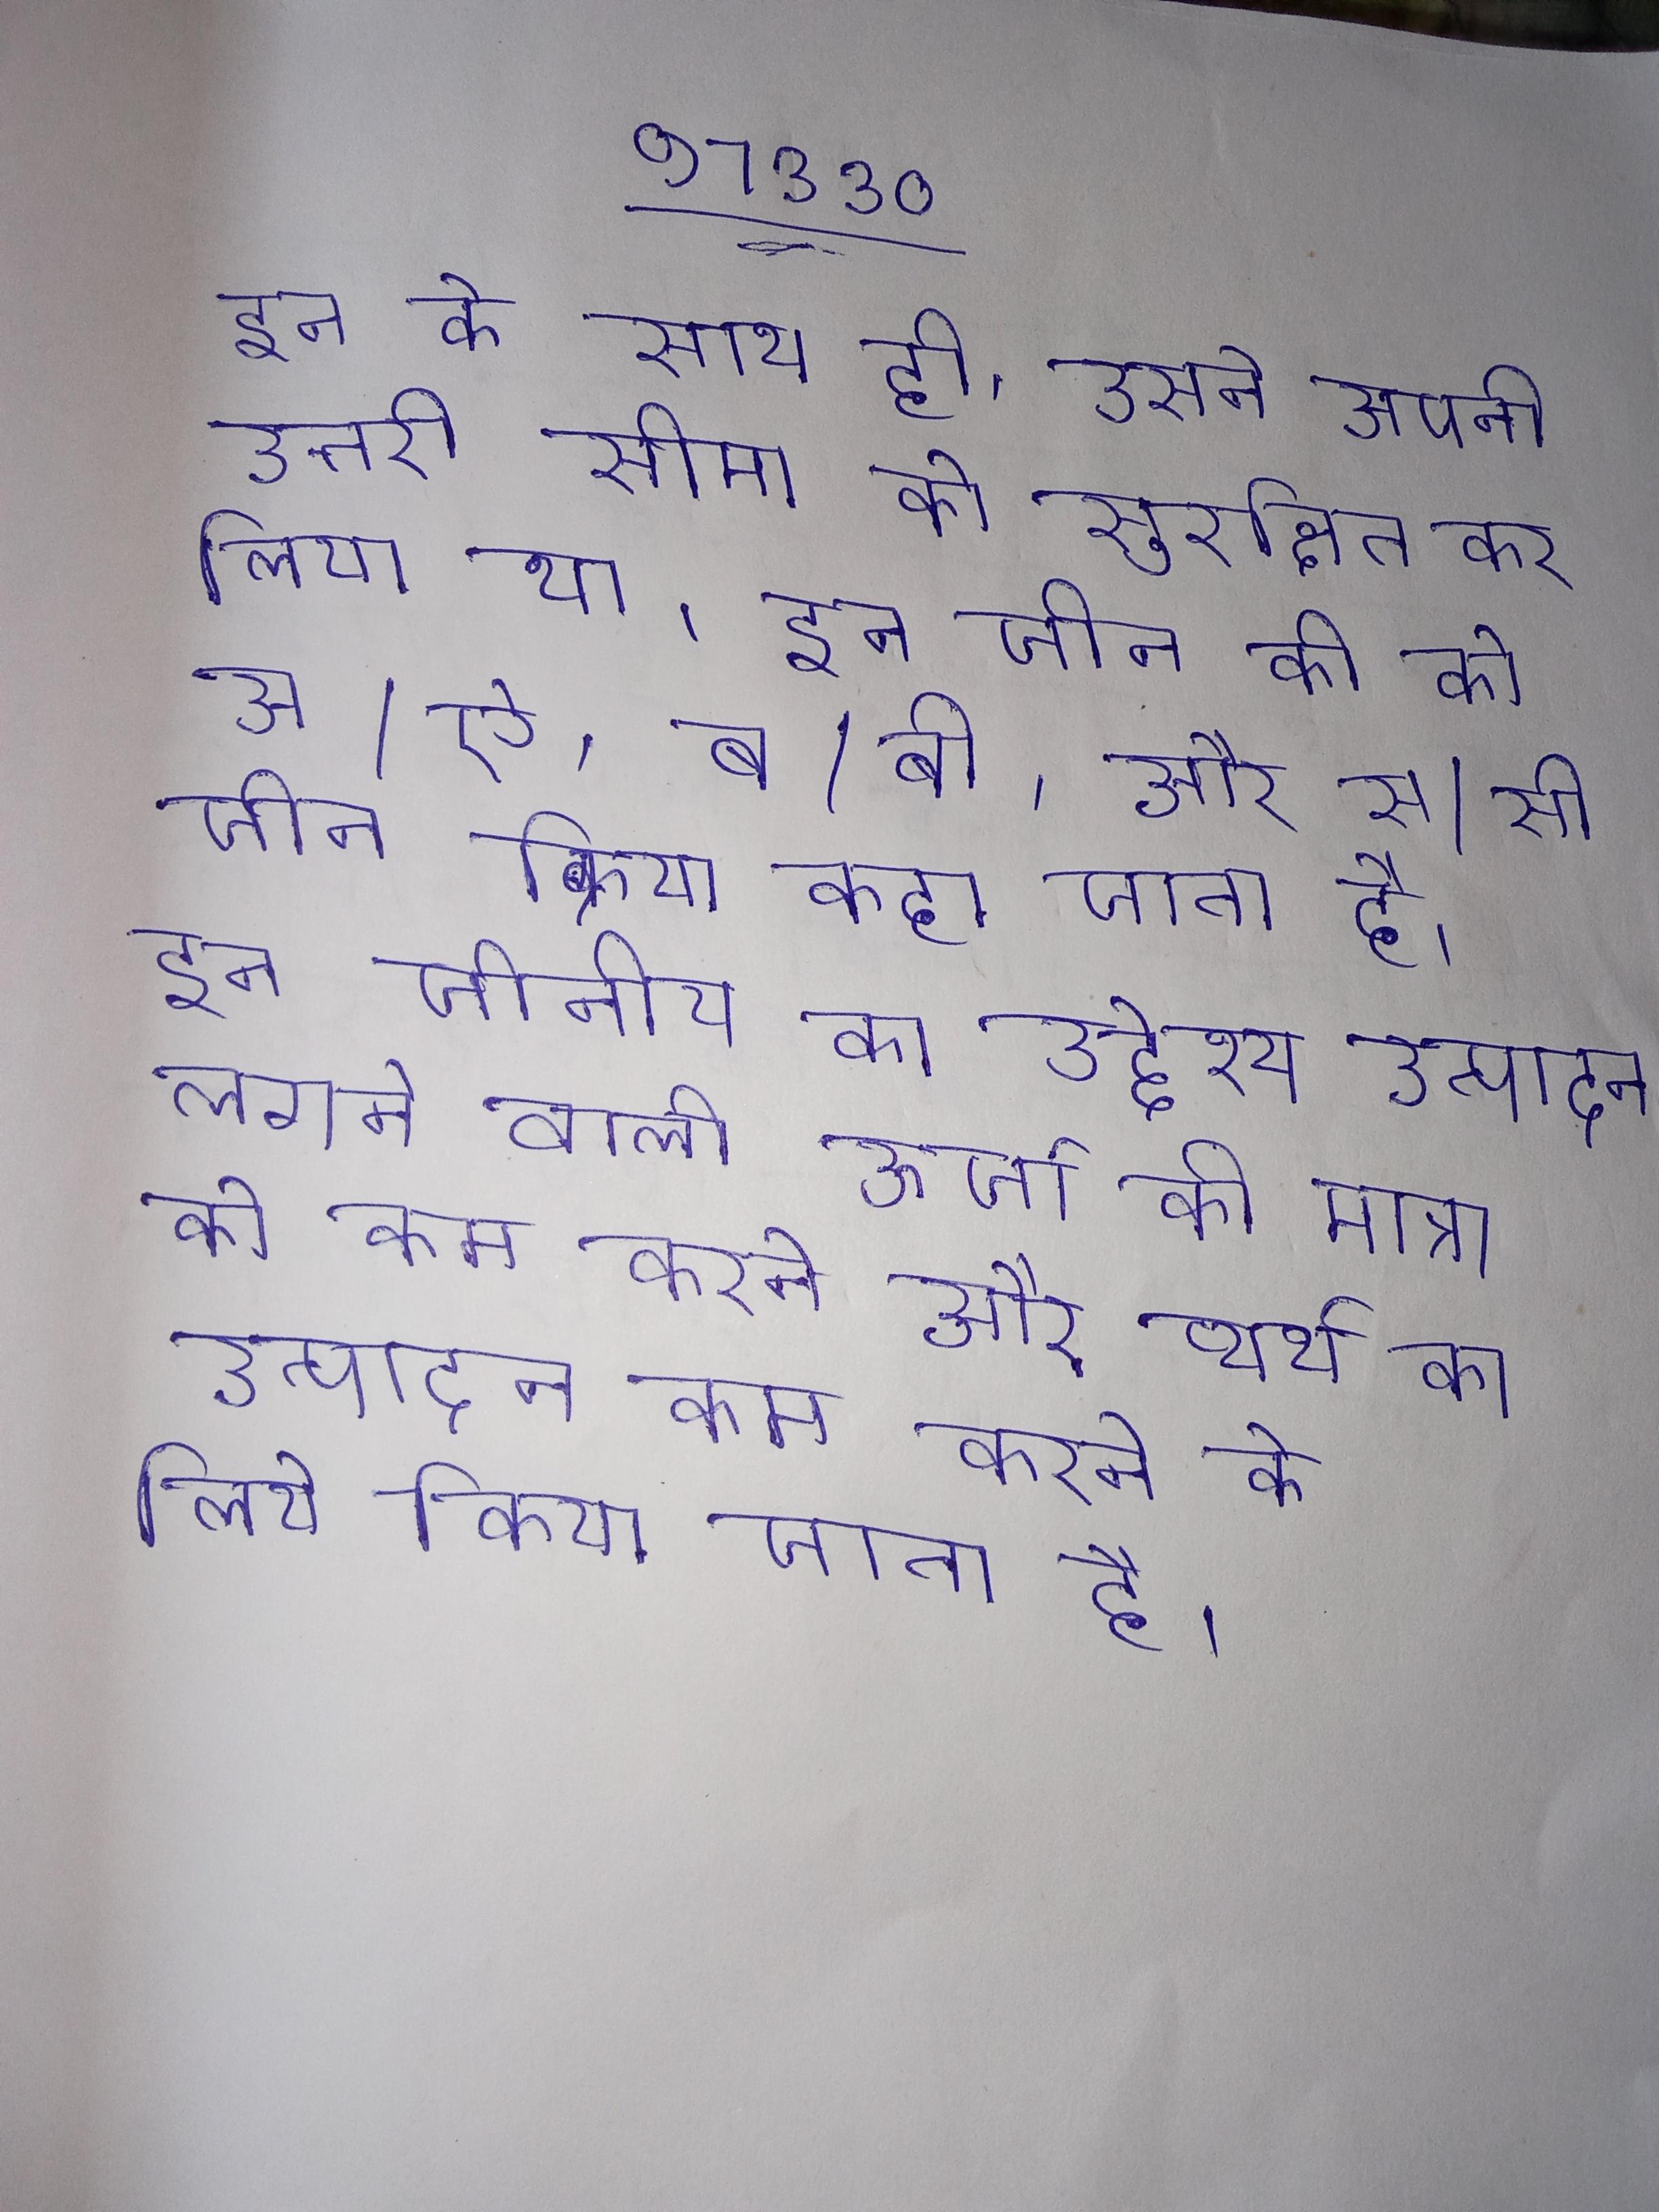
इन के साथ ही, उसने अपनी उत्तरी सीमा को सुरक्षित कर लिया था । इन जीन की को अ/ऐ, ब/बी, और स/सी- जीन क्रिया कहा जाता है । इन जीनीय का उद्देश्य उत्पादन लगने वाली ऊर्जा की मात्रा को कम करने और व्यर्थ का उत्पादन कम करने के लिये किया जाता है ।